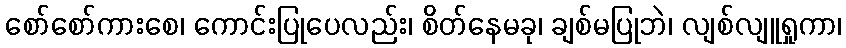
စော်စော်ကားစေ၊ ကောင်းပြုပေလည်း၊ စိတ်နေမခု၊ ချစ်မပြုဘဲ၊ လျစ်လျူရှုကာ၊